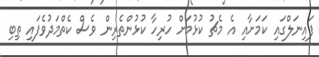
ފައިނަލްގައި ކަމަށާއި އެ މެޗު ކުޅުމަށް ހުރިހާ ކުޅުންތެރިން ވެސް ކެތްމަދުވެފައި ތިބި